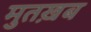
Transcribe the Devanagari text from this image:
मुतख़ब